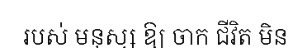
របស់ មនុស្ស ឱ្យ ចាក ជីវិត មិន